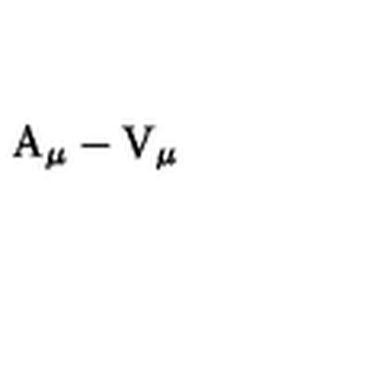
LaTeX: \mathrm { \boldmath A } _ { \mu } - \mathrm { \boldmath V } _ { \mu }